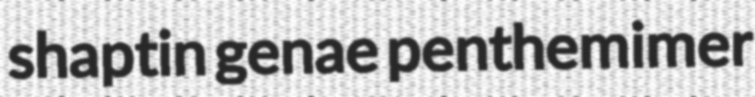
shaptin genae penthemimer